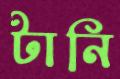
টানি